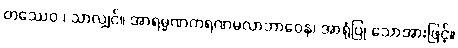
တဿေဝ ၊ သာလျှင်။ အာရမ္မဏကရဏမလာဘာဝေန၊ အာရုံပြု သောအားဖြင့်။